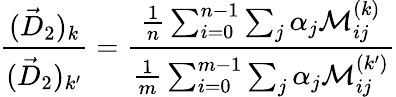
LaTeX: \frac{(\vec{D}_{2})_{k}}{(\vec{D}_{2})_{k^{\prime}}}=\frac{\frac{1}{n}\sum_{i=0}^{n-1}\sum_{j}\alpha_{j}\mathcal{M}_{ij}^{(k)}}{\frac{1}{m}\sum_{i=0}^{m-1}\sum_{j}\alpha_{j}\mathcal{M}_{ij}^{(k^{\prime})}}